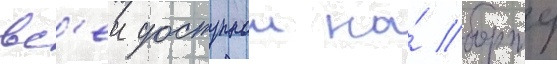
вс'еи доступнои на́ борту